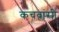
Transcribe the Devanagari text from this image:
कचवांसी